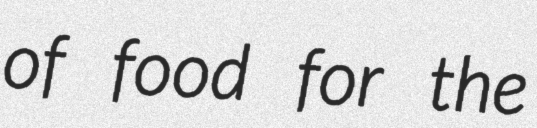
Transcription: of food for the